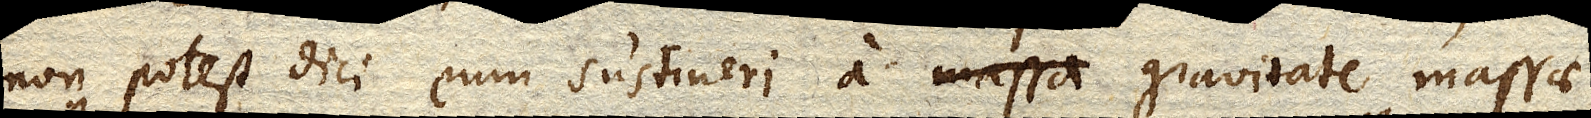
non potest dici eum sustineri a massa gravitate massae